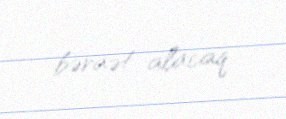
bəraət alacaq.